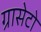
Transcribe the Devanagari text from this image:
ग्रासेटो